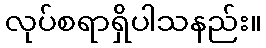
လုပ်စရာရှိပါသနည်း။